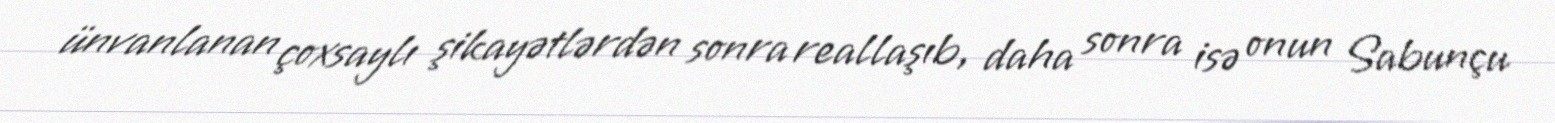
ünvanlanan çoxsaylı şikayətlərdən sonra reallaşıb, daha sonra isə onun Sabunçu